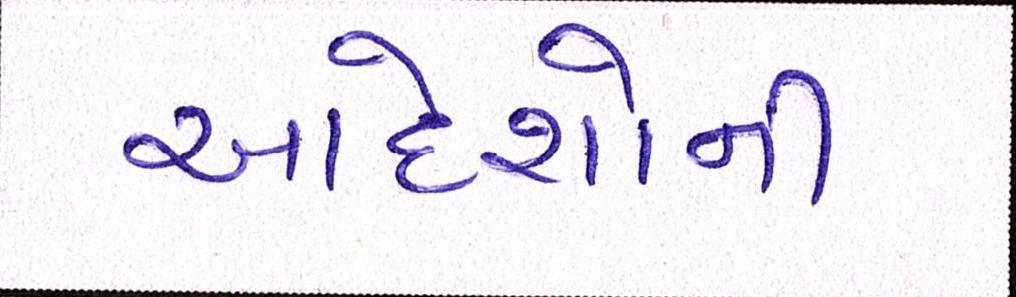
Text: આદેશોની